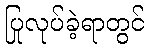
ပြုလုပ်ခဲ့ရာတွင်